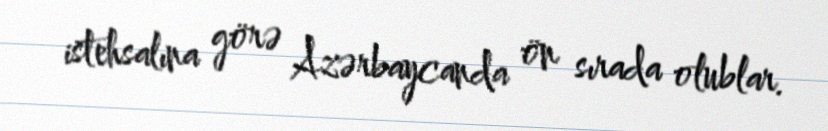
istehsalına görə Azərbaycanda ön sırada olublar.